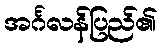
အင်္ဂလန်ပြည်၏